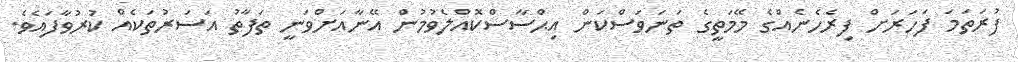
ފުރަތަމަ ފަހަރަށް ފިރެހެނެއްގެ މޭމަތީގެ ތަނަވަސްކަން އިޙްސާސްކޮއްލެވުމުން އޭނާއަށްވަނީ ތަފާތު އަސަރުތަކެއް ކުރުވާފައެވެ.